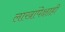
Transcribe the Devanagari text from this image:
लाखांपेक्षाही